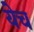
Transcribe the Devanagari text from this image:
येच